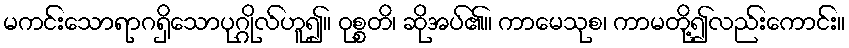
မကင်းသောရာဂရှိသောပုဂ္ဂိုလ်ဟူ၍။ ဝုစ္စတိ၊ ဆိုအပ်၏။ ကာမေသုစ၊ ကာမတို့၍လည်းကောင်း။